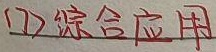
(1) 综合应用